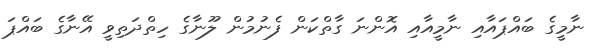
ނާމީގެ ބައްޕައާއި ނާމީއާއި އޮންނަ ގާތްކަން ފެނުމުން ލޫނާގެ ހިތްދަތިވީ އޭނާގެ ބައްޕަ